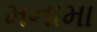
મનામા